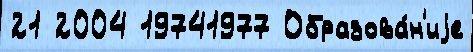
21 2004 19741977 Образова́н'иjе